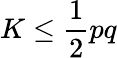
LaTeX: K\leq{\frac{1}{2}}pq